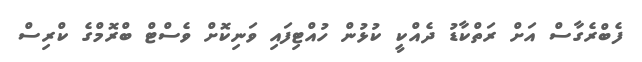
ފެބްރެގާސް އަށް ރަތްކާޑު ދެއްކީ ކުޅުން ހުއްޓިފައި ވަނިކޮށް ވެސްޓް ބްރޮމްގެ ކްރިސް